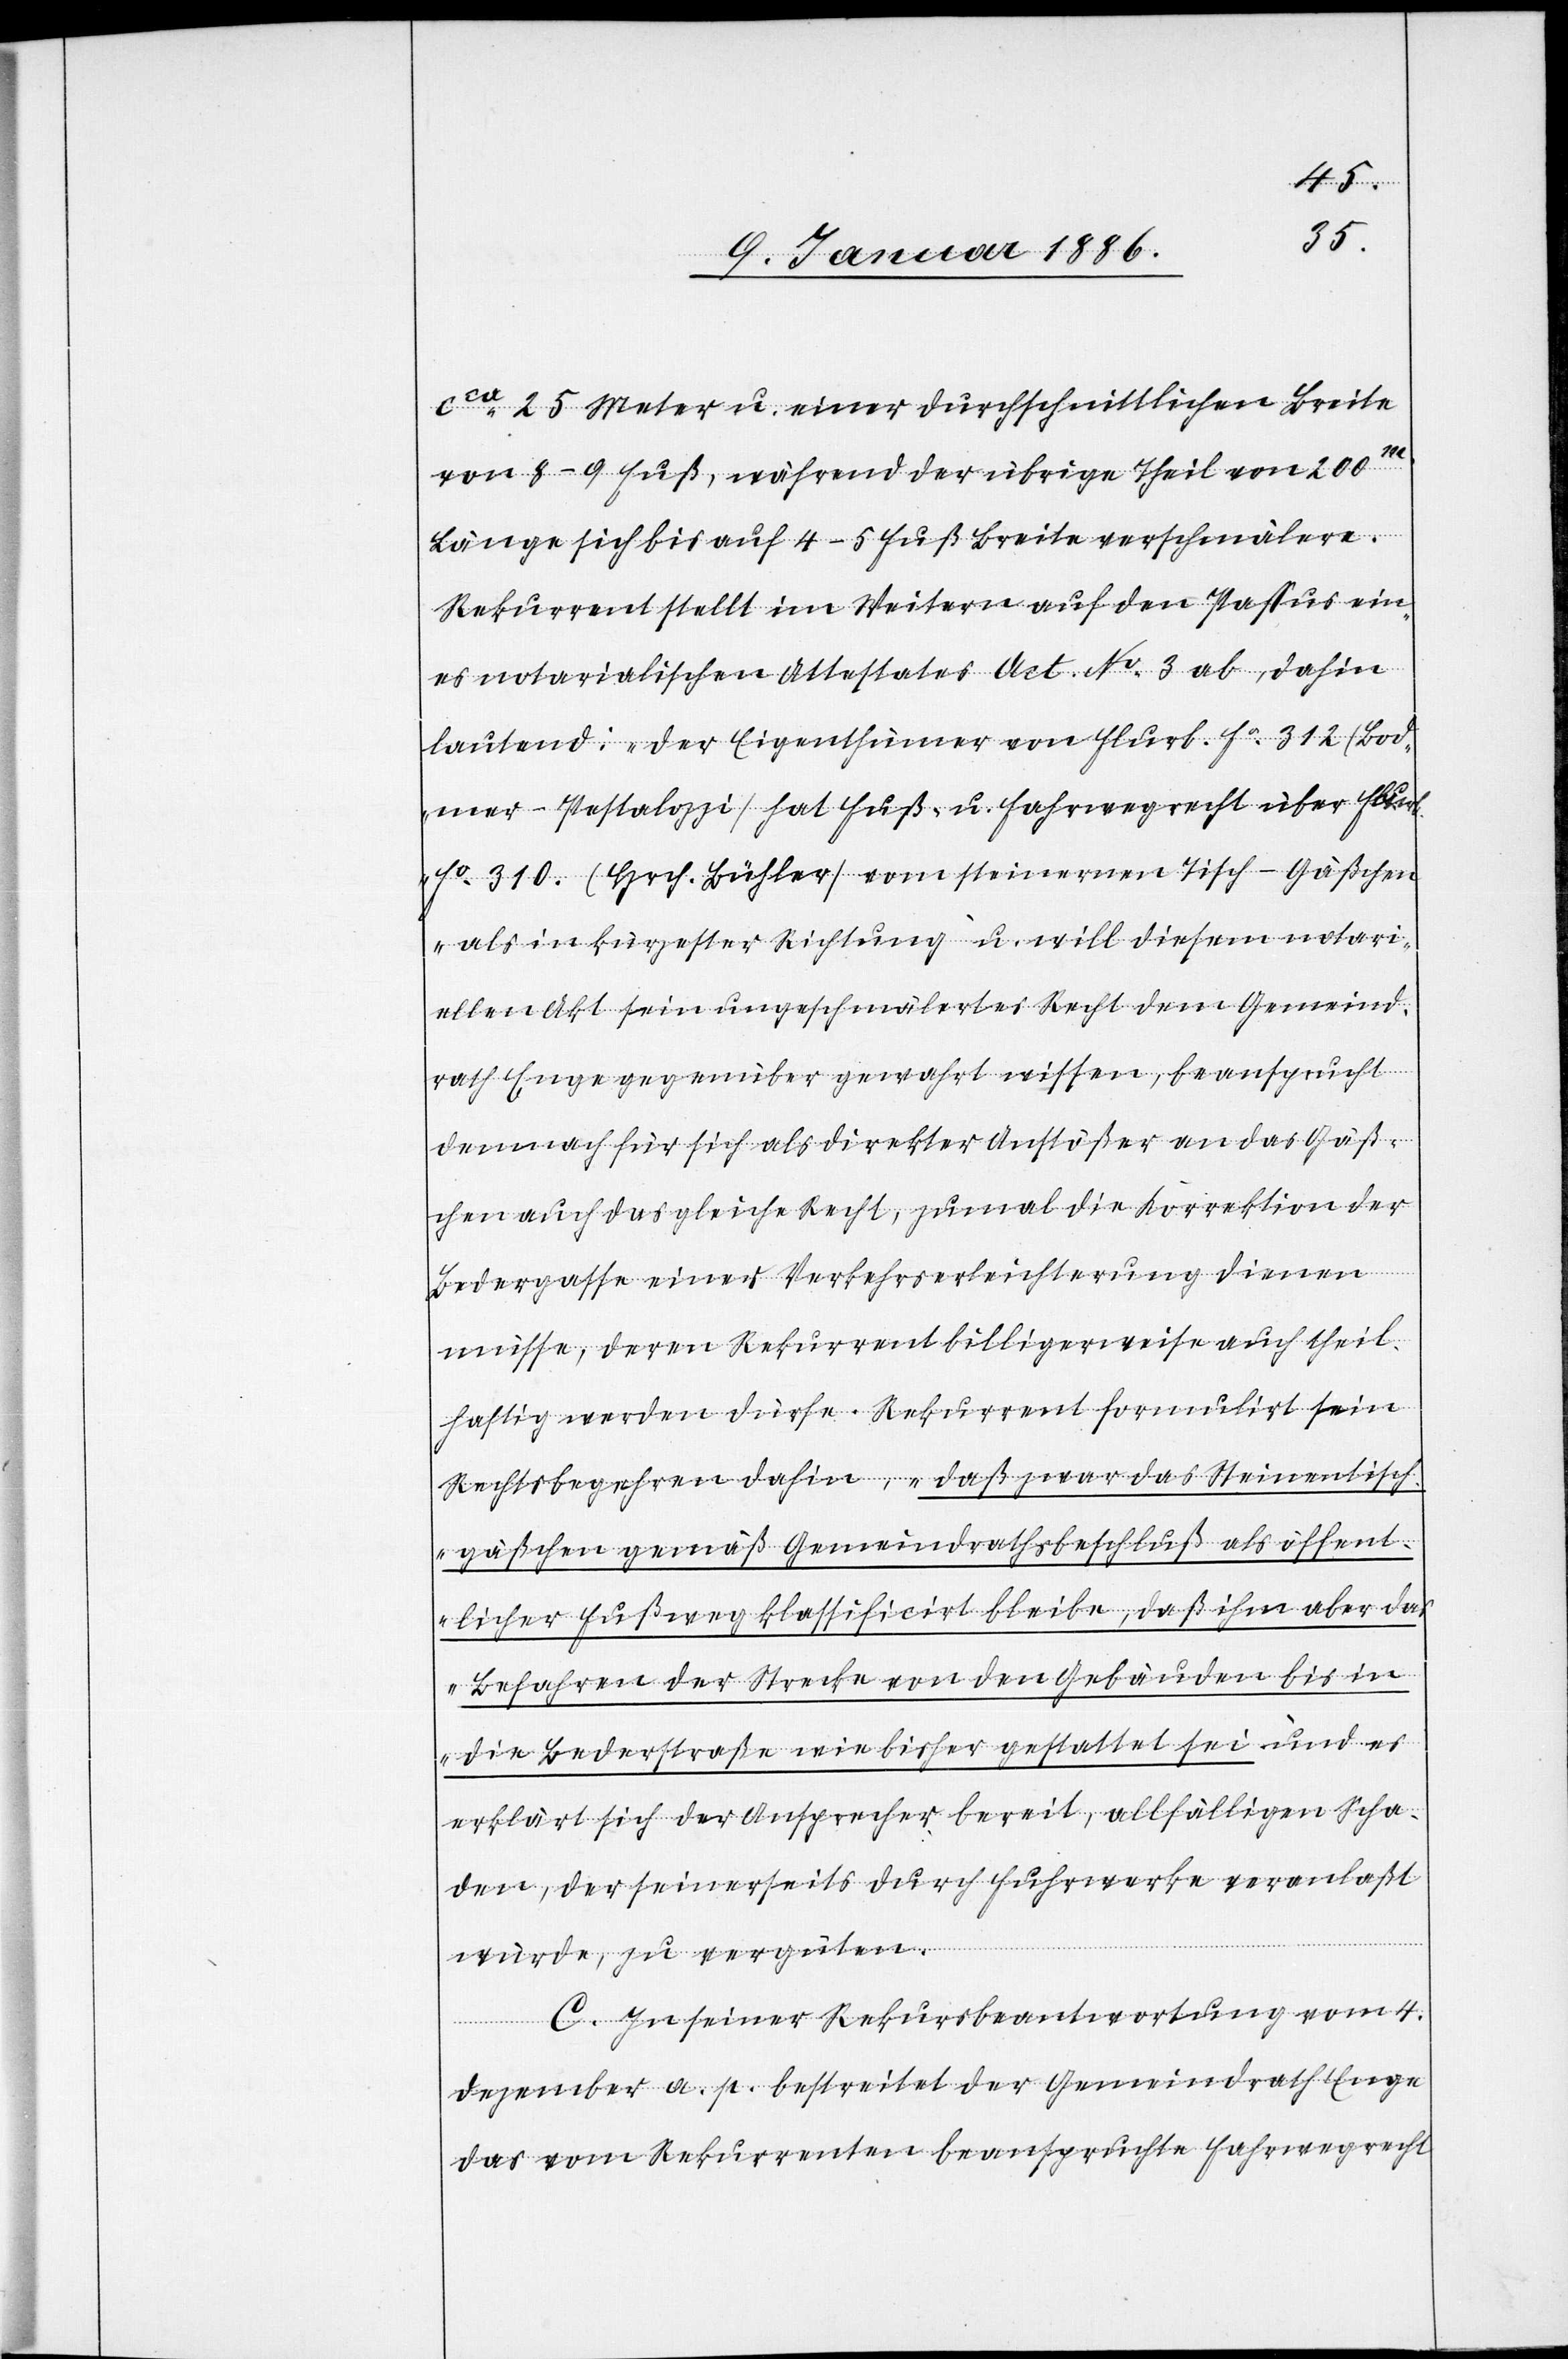
cca 25 Meter u. einer durchschnittlichen Breite
von 8–9 Fuß, während der übrige Theil von 200m
Länge sich bis auf 4–5 Fuß Breite verschmälere.
Rekurrent stellt im Weitern auf den Passus ein¬
es notarialischen Attestates Act. No. 3 ab, dahin
lautend: „der Eigenthümer von Flurb. Ho. 312 (Bod¬
mer-Pestalozzi) hat Fuß- u. Fahrwegrecht über Flurb.
Ho. 310. (Hrch. Bühler) vom steinernen Tisch-Gäßchen
„als in kürzester Richtung“ u. will diesen notari¬
ellen Akt sein ungeschmälertes Recht dem Gemeind¬
rath Enge gegenüber gewahrt wissen, beansprucht
demnach für sich als direkter Anstößer an das Gäß¬
chen auch das gleiche Recht, zumal die Korrektion der
Bedergasse einer Verkehrserleichterung dienen
müsse, deren Rekurrent billigerweise auch theil¬
haftig werden dürfe. Rekurrent formulirt sein
Rechtsbegehren dahin, „daß zwar das Steinentisch¬
gäßchen gemäß Gemeindrathsbeschluß als öffent¬
licher Fußweg klassificirt bleibe, daß ihm aber das
Befahren der Strecke von den Gebäuden bis in
die Bederstraße wie bisher gestattet sei und es
erklärt sich der Ansprecher bereit, allfälligen Scha¬
den, der seinerseits durch Fuhrwerke veranlaßt
würde, zu vergüten.
C. In seiner Rekursbeantwortung vom 4.
Dezember a. p. bestreitet der Gemeindrath Enge
das vom Rekurrenten beanspruchte Fahrwegrecht